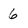
Character: 6